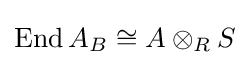
{\mbox{End}}\,A_{B}\cong A\otimes _{R}S